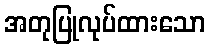
အတုပြုလုပ်ထားသော